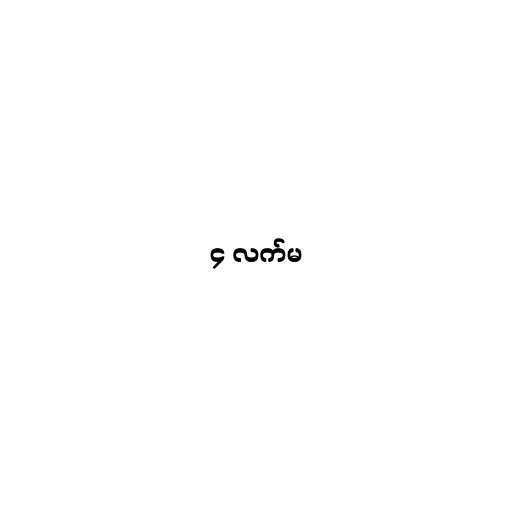
၄ လက်မ